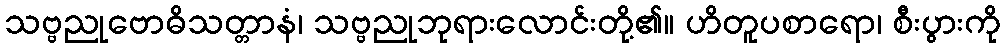
သဗ္ဗညုဗောဓိသတ္တာနံ၊ သဗ္ဗညုဘုရားလောင်းတို့၏။ ဟိတူပစာရော၊ စီးပွားကို